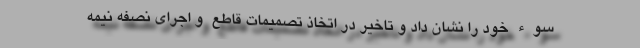
سوء خود را نشان داد و تاخیر در اتخاذ تصمیمات قاطع ‌ و اجرای نصفه نیمه